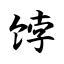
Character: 饽